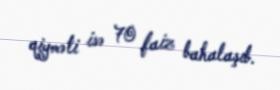
qiyməti isə 70 faiz bahalaşıb.